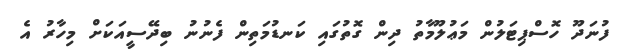
ފުނަދޫ ހޮސްޕިޓަލުން މަޢުލޫމާތު ދިން ގޮތުގައި ކަނޑުމަތިން ފެނުނު ބިދޭސީއަކަށް މިހާރު އެ